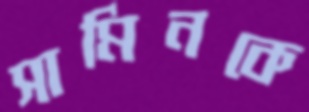
সামিনকে